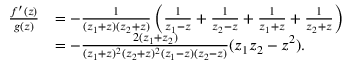
\begin{array} { r l } { \frac { f ^ { \prime } ( z ) } { g ( z ) } } & { = - \frac { 1 } { ( z _ { 1 } + z ) ( z _ { 2 } + z ) } \left( \frac { 1 } { z _ { 1 } - z } + \frac { 1 } { z _ { 2 } - z } + \frac { 1 } { z _ { 1 } + z } + \frac { 1 } { z _ { 2 } + z } \right) } \\ & { = - \frac { 2 ( z _ { 1 } + z _ { 2 } ) } { ( z _ { 1 } + z ) ^ { 2 } ( z _ { 2 } + z ) ^ { 2 } ( z _ { 1 } - z ) ( z _ { 2 } - z ) } ( z _ { 1 } z _ { 2 } - z ^ { 2 } ) . } \end{array}